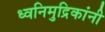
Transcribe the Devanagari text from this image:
ध्वनिमुद्रिकांनी